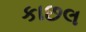
કાછલ